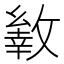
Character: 𢿐